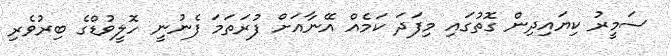
ސަމީރު ކިޔައިދިން ގޮތުގައި މިފަދަ ކަމެއް އޭނާއަށް ފުރަތަމަ ފެނުނީ ހޮލީވުޑްގެ ބިރުވެރި